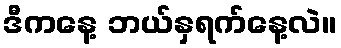
ဒီကနေ့ ဘယ်နှရက်နေ့လဲ။